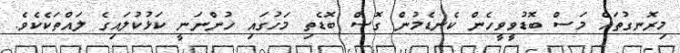
މިރޮނގުތައް މަސް ބޮޑުވީވީހެން ކެނޑެމުން ގޮސް ބޮޑެތި މަހުގައި ހުންނަނީ ކަޅުކުލައިގެ ލައްތަކެކެވެ.